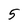
Character: 5